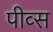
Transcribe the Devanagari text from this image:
पीव्स